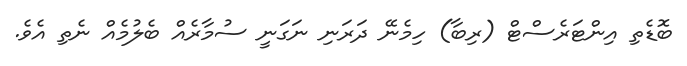
ބޮޑެތި އިންޓަރެސްޓް (ރިބާ) ހިމެނޭ ދަރަނި ނަގަނީ ސުމާރެއް ބެލުމެއް ނެތި އެވެ.